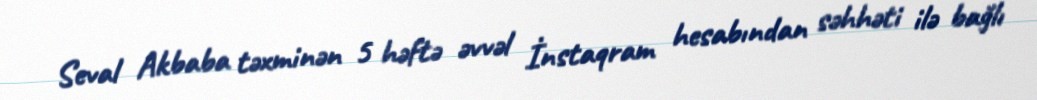
Seval Akbaba təxminən 5 həftə əvvəl İnstaqram hesabından səhhəti ilə bağlı